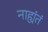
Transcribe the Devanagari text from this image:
नाह्यंतं